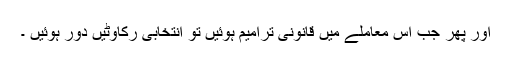
اور پھر جب اس معاملے میں قانونی ترامیم ہوئیں تو انتخابی رکاوٹیں دور ہوئیں ۔